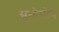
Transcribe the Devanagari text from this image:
सुभोमोय